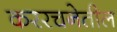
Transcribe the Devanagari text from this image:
कररचनेतील